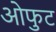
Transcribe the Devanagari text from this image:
ओफुट